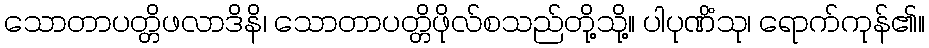
သောတာပတ္တိဖလာဒိနိ၊ သောတာပတ္တိဖိုလ်စသည်တို့သို့။ ပါပုဏိံသု၊ ရောက်ကုန်၏။